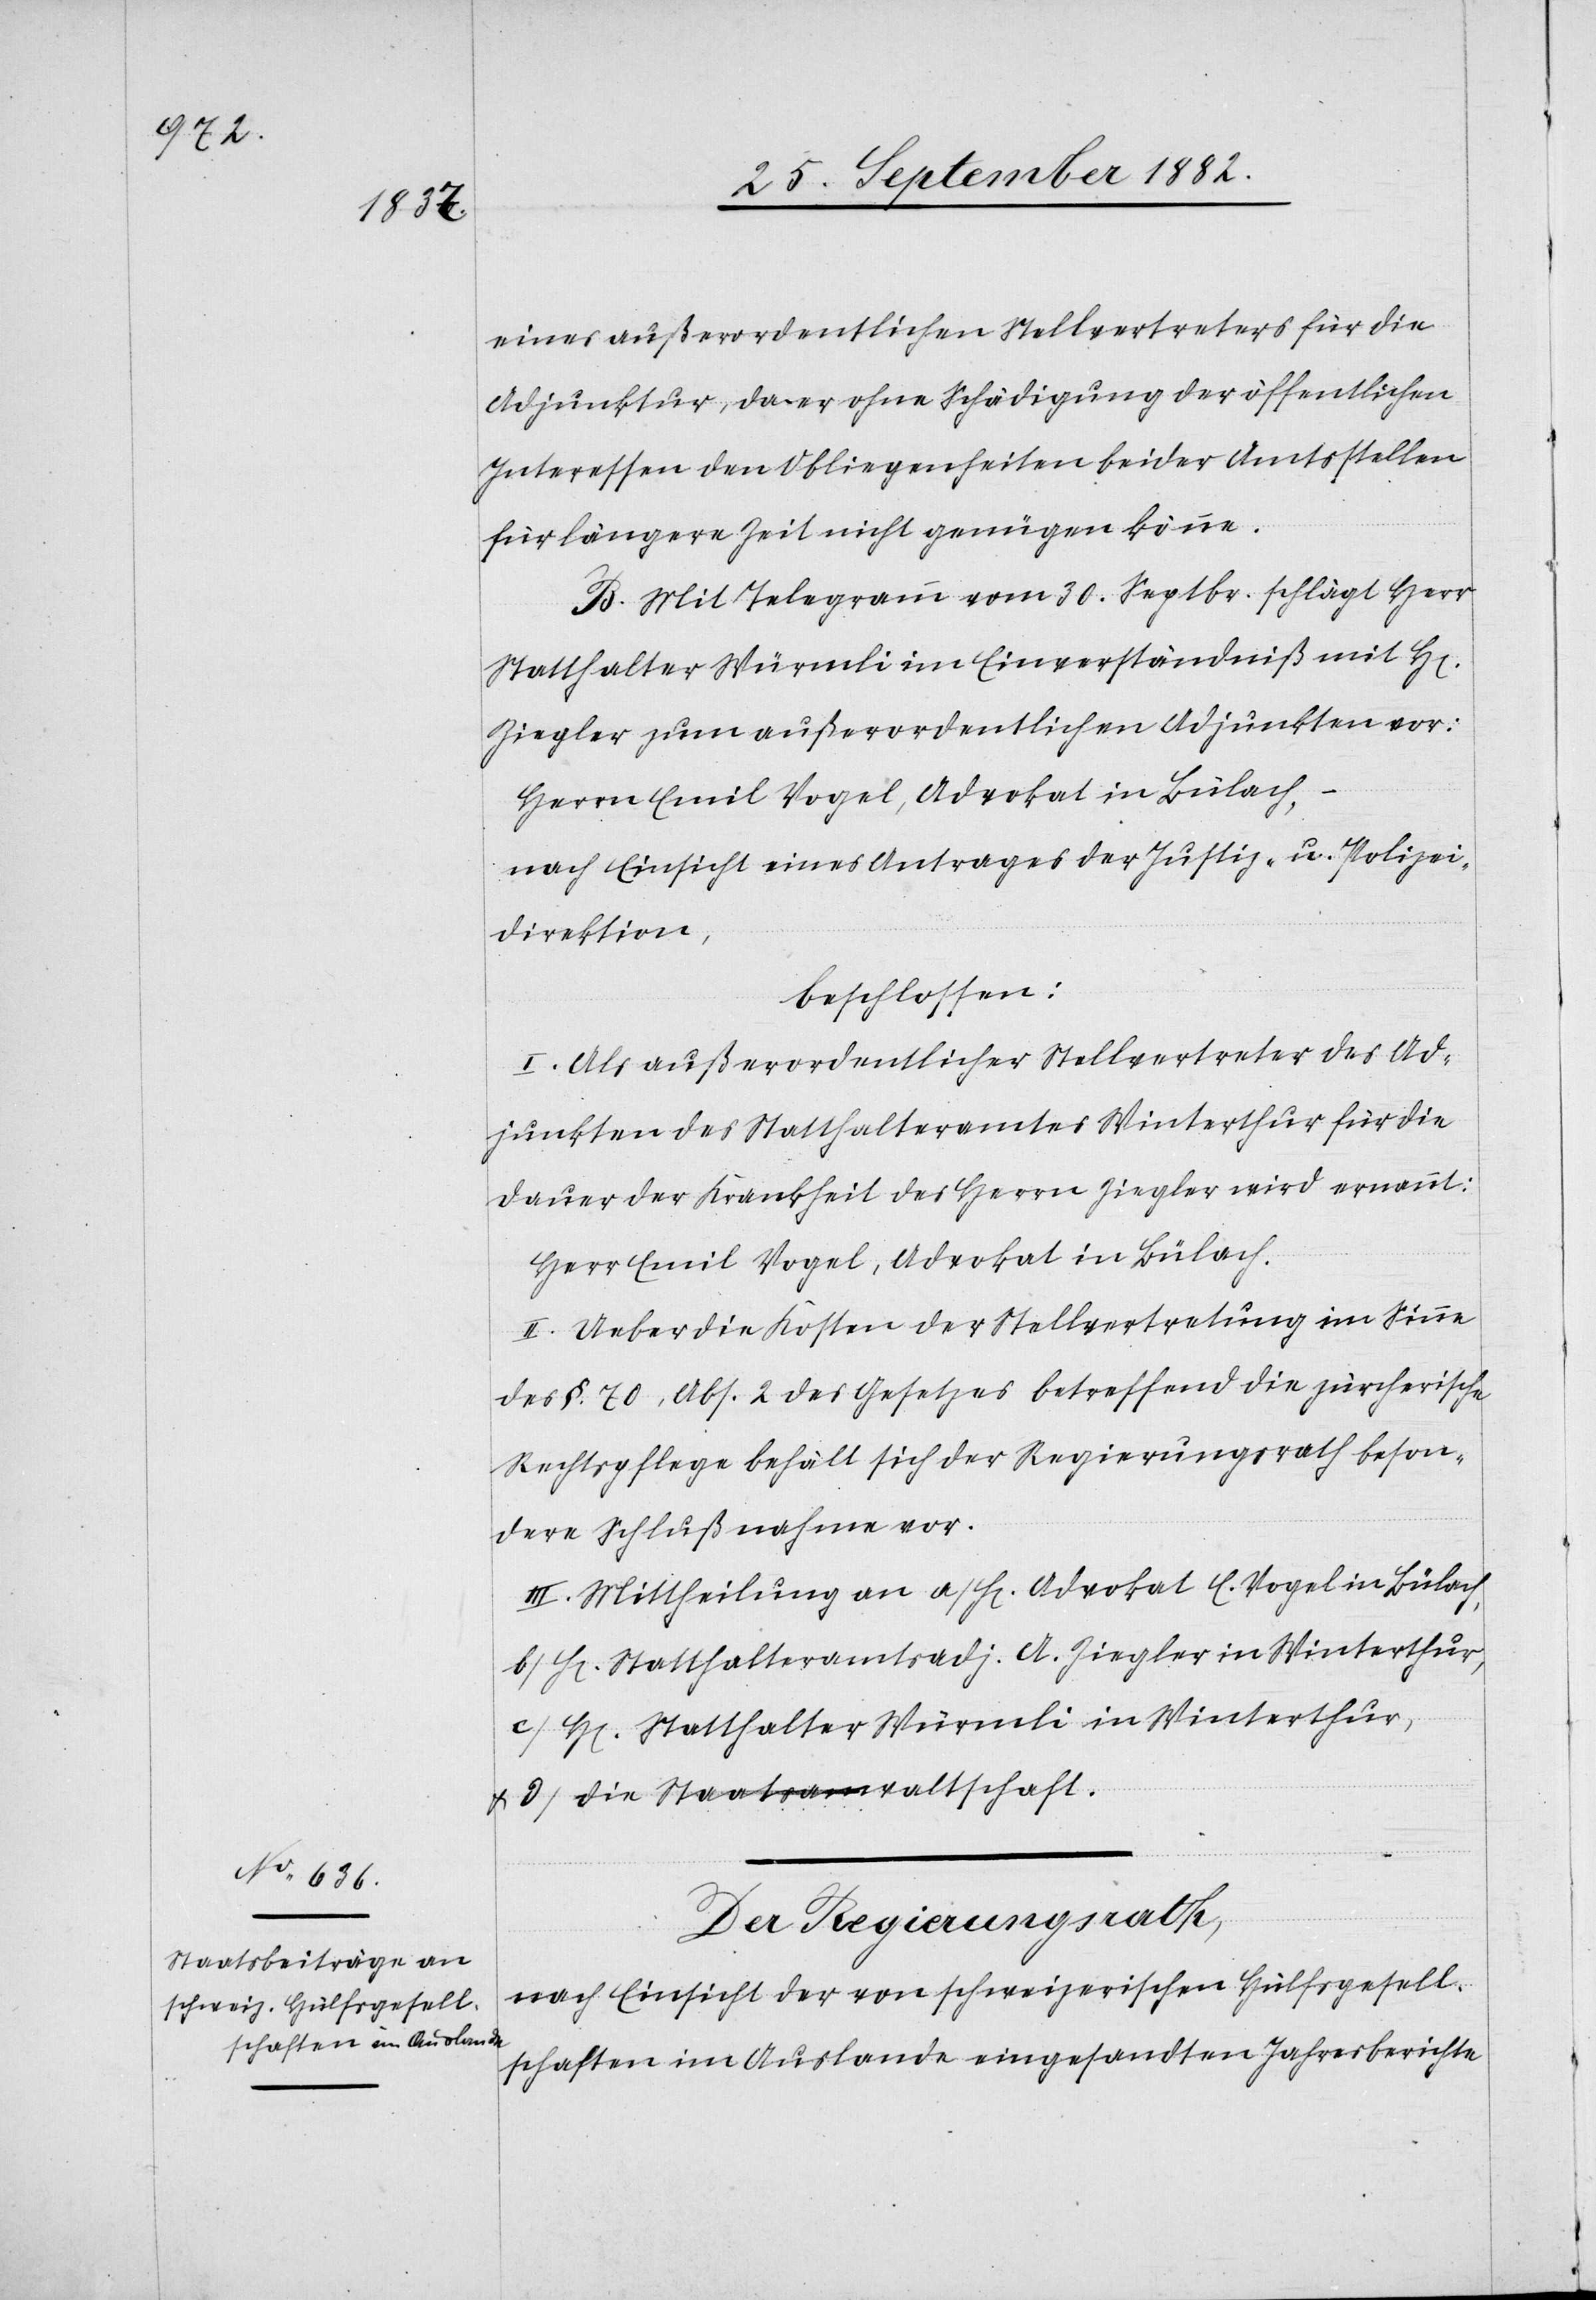
1882.]

eines außerordentlichen Stellvertreters für die
Adjunktur, da er ohne Schädigung der öffentlichen
Interessen den Obliegenheiten beider Amtsstellen
für längere Zeit nicht genügen könne.
B. Mit Telegramm vom 30. Septbr. schlägt Herr
Statthalter Würmli im Einverständniß mit H[e¬
Ziegler zum außerordentlichen Adjunkten vor:
Herrn Emil Vogel, Advokat in Bülach, –
nach Einsicht eines Antrages der Justiz- & Polizei¬
direktion,
beschlossen:
I. Als außerordentlicher Stellvertreter des Ad¬
junkten des Statthalteramtes Winterthur für die
Dauer der Krankheit des Herrn Ziegler wird ernannt:
Herr Emil Vogel, Advokat in Bülach.
II. Ueber die Kosten der Stellvertretung im Sinne
des §. 70, Abs. 2 des Gesetzes betreffend die zürcherische
Rechtspflege behält sich der Regierungsrath beson¬
dere Schlußnahme vor.
III. Mittheilung an a) H[errn] Advokat E. Vogel in Bülach,
b) H[errn] Statthalteramtsadj. A. Ziegler in Winterthur,
c) H[errn] Statthalter Würmli in Winterthur,
& d) die Staatsanwaltschaft.
2.
Der Regierungsrath,
nach Einsicht der von schweizerischen Hülfsgesell¬
schaften im Auslande eingesandten Jahresberichte